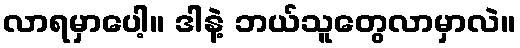
လာရမှာပေါ့။ ဒါနဲ့ ဘယ်သူတွေလာမှာလဲ။